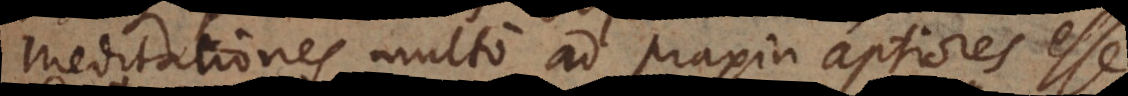
meditationes multo ad praxin aptiores esse